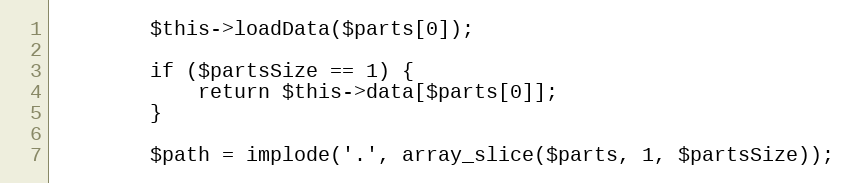
Language: PHP
        $this->loadData($parts[0]);

        if ($partsSize == 1) {
            return $this->data[$parts[0]];
        }

        $path = implode('.', array_slice($parts, 1, $partsSize));